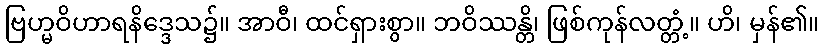
ဗြဟ္မဝိဟာရနိဒ္ဒေသ၌။ အာဝီ၊ ထင်ရှားစွာ။ ဘဝိဿန္တိ၊ ဖြစ်ကုန်လတ္တံ့။ ဟိ၊ မှန်၏။